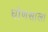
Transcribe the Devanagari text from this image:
घोणसाला